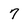
Character: 7